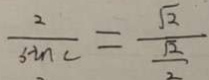
\frac { 2 } { \sin c } = \frac { \sqrt { 2 } } { \frac { \sqrt { 2 } } { 2 } }